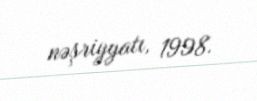
nəşriyyatı, 1998.